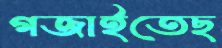
গজাইতেছ